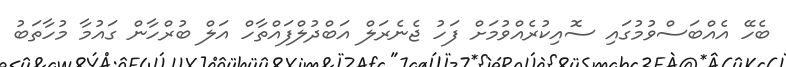
ބެހޭ އެއްބަސްވުމުގައި ސޮއިކުރެއްވުމަށް ފަހު ޖެނެރަލް އަބްދުލްފައްތާހް އަލް ބުރްހާން ގައުމާ މުހާތަބު